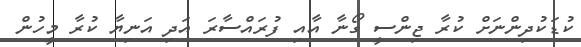
ކުޑަކުދިންނަށް ކުރާ ޖިންސީ ގޯނާ އާއި ފުރައްސާރަ އަދި އަނިޔާ ކުރާ މީހުން